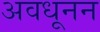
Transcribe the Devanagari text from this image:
अवधूनन